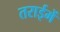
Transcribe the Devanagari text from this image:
तराईमें